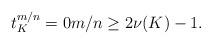
LaTeX: \begin{align*}t^{m/n}_{K} = 0 m/n \ge 2 \nu(K) - 1.\end{align*}